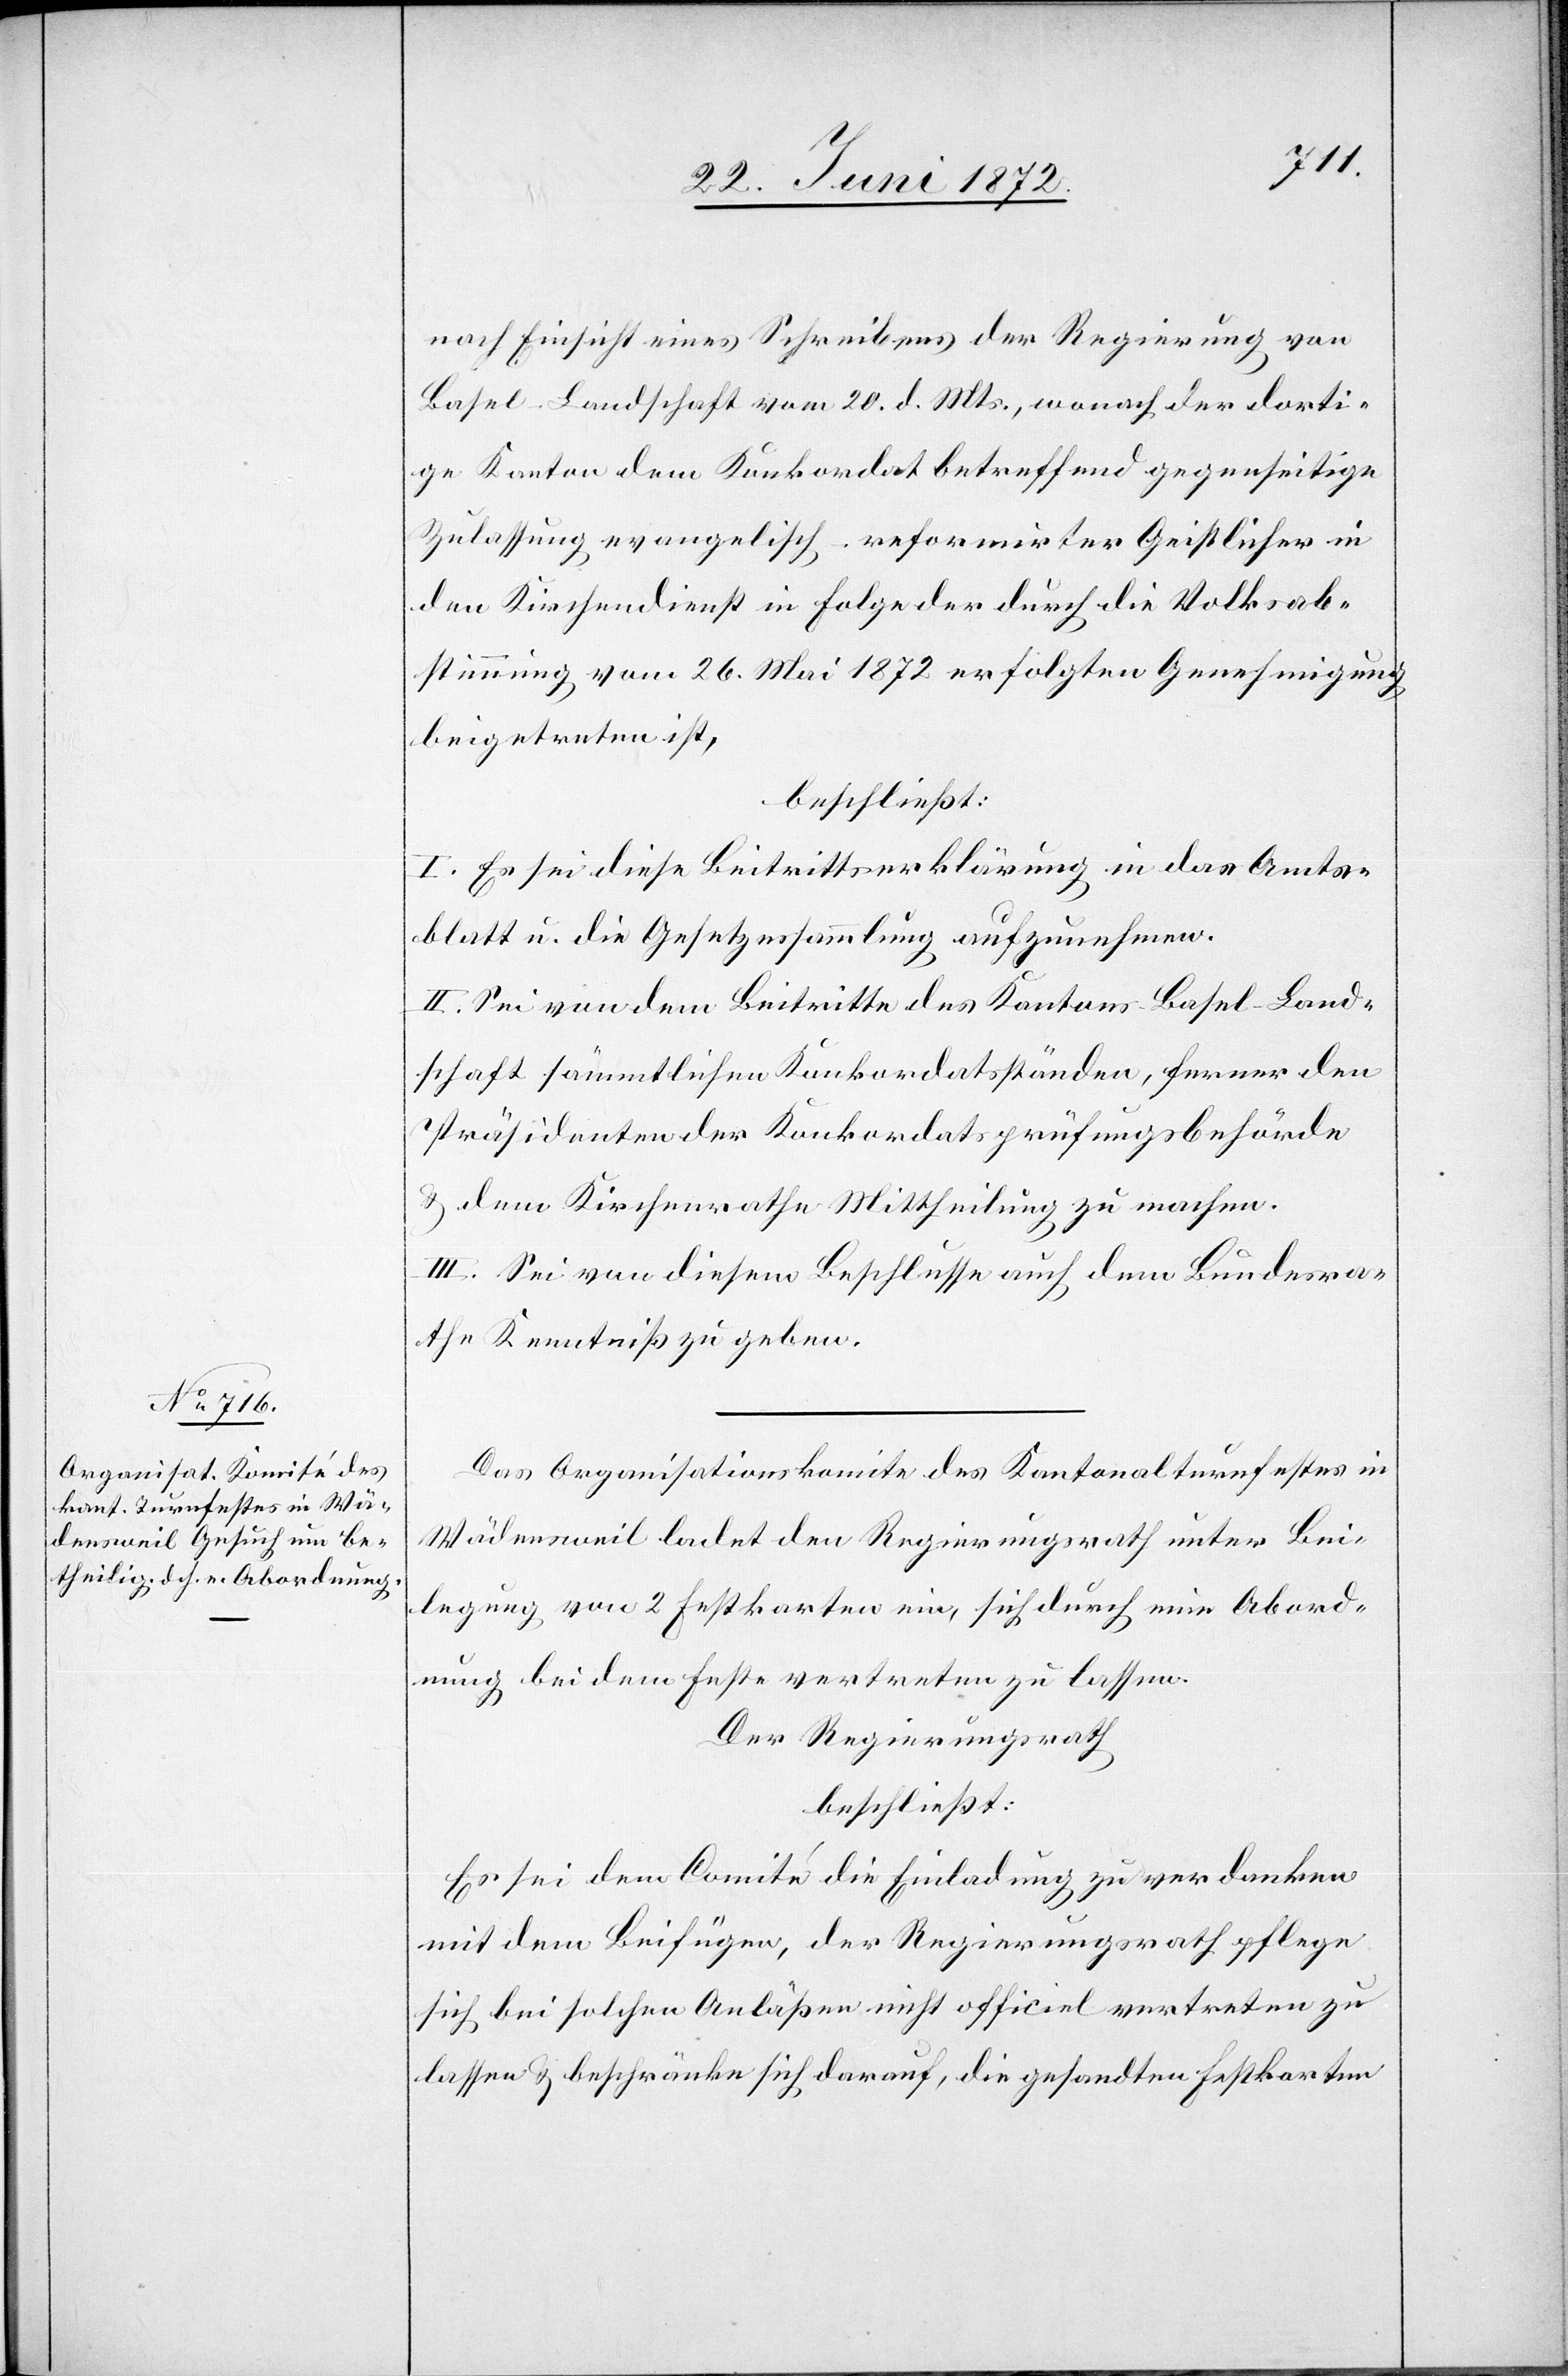
nach Einsicht eines Antrages der Regierung von
Basel Landschaft vom 20. d. Mts., wonach der dorti¬
ge Kanton dem Konkordat betreffend gegenseitige
Zulassung evangelisch-reformirter Geistlicher in
den Kirchendienst in Folge der durch die Volksab¬
stimmung vom 26. Mai 1872 erfolgten Genehmigung
beigetreten ist,
beschließt:
I. Es sei diese Beitrittserklärung in das Amts¬
blatt u. die Gesetzessammlung aufzunehmen.
II. Sei von dem Beitritte des Kantons Basel-Land¬
schaft sämmtlichen Konkordatsständen, ferner den
Präsidenten der Konkordatsprüfungsbehörde
u. dem Kirchenrathe Mittheilung zu machen.
III. Sei von diesem Beschlusse auch dem Bundesra¬
the Kenntniß zu geben.
Das Organisationskomite des Kantonalturnfestes in
Wädensweil ladet den Regierungsrath unter Bei¬
legung von 2 Festkarten ein, sich durch eine Abord¬
nung bei dem Feste vertreten zu lassen.
Der Regierungsrath
beschließt:
Es sei dem Comité die Einladung zu verdanken
mit dem Beifügen, der Regierungsrath pflege
sich bei solchen Anläßen nicht officiel [sic!] vertreten zu
lassen u. beschränke sich darauf, die gesandten Festkarten